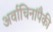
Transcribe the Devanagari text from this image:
अर्वाचिनांपैकी